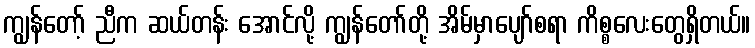
ကျွန်တော့် ညီက ဆယ်တန်း အောင်လို့ ကျွန်တော်တို့ အိမ်မှာပျော်စရာ ကိစ္စလေးတွေရှိတယ်။